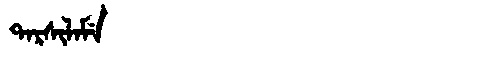
Manchu: ᡨᠠᡵᠰᡳᠯᠠᠮᡝ
Romanization: TARSILAME